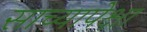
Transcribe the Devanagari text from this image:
साच्यापेक्षा